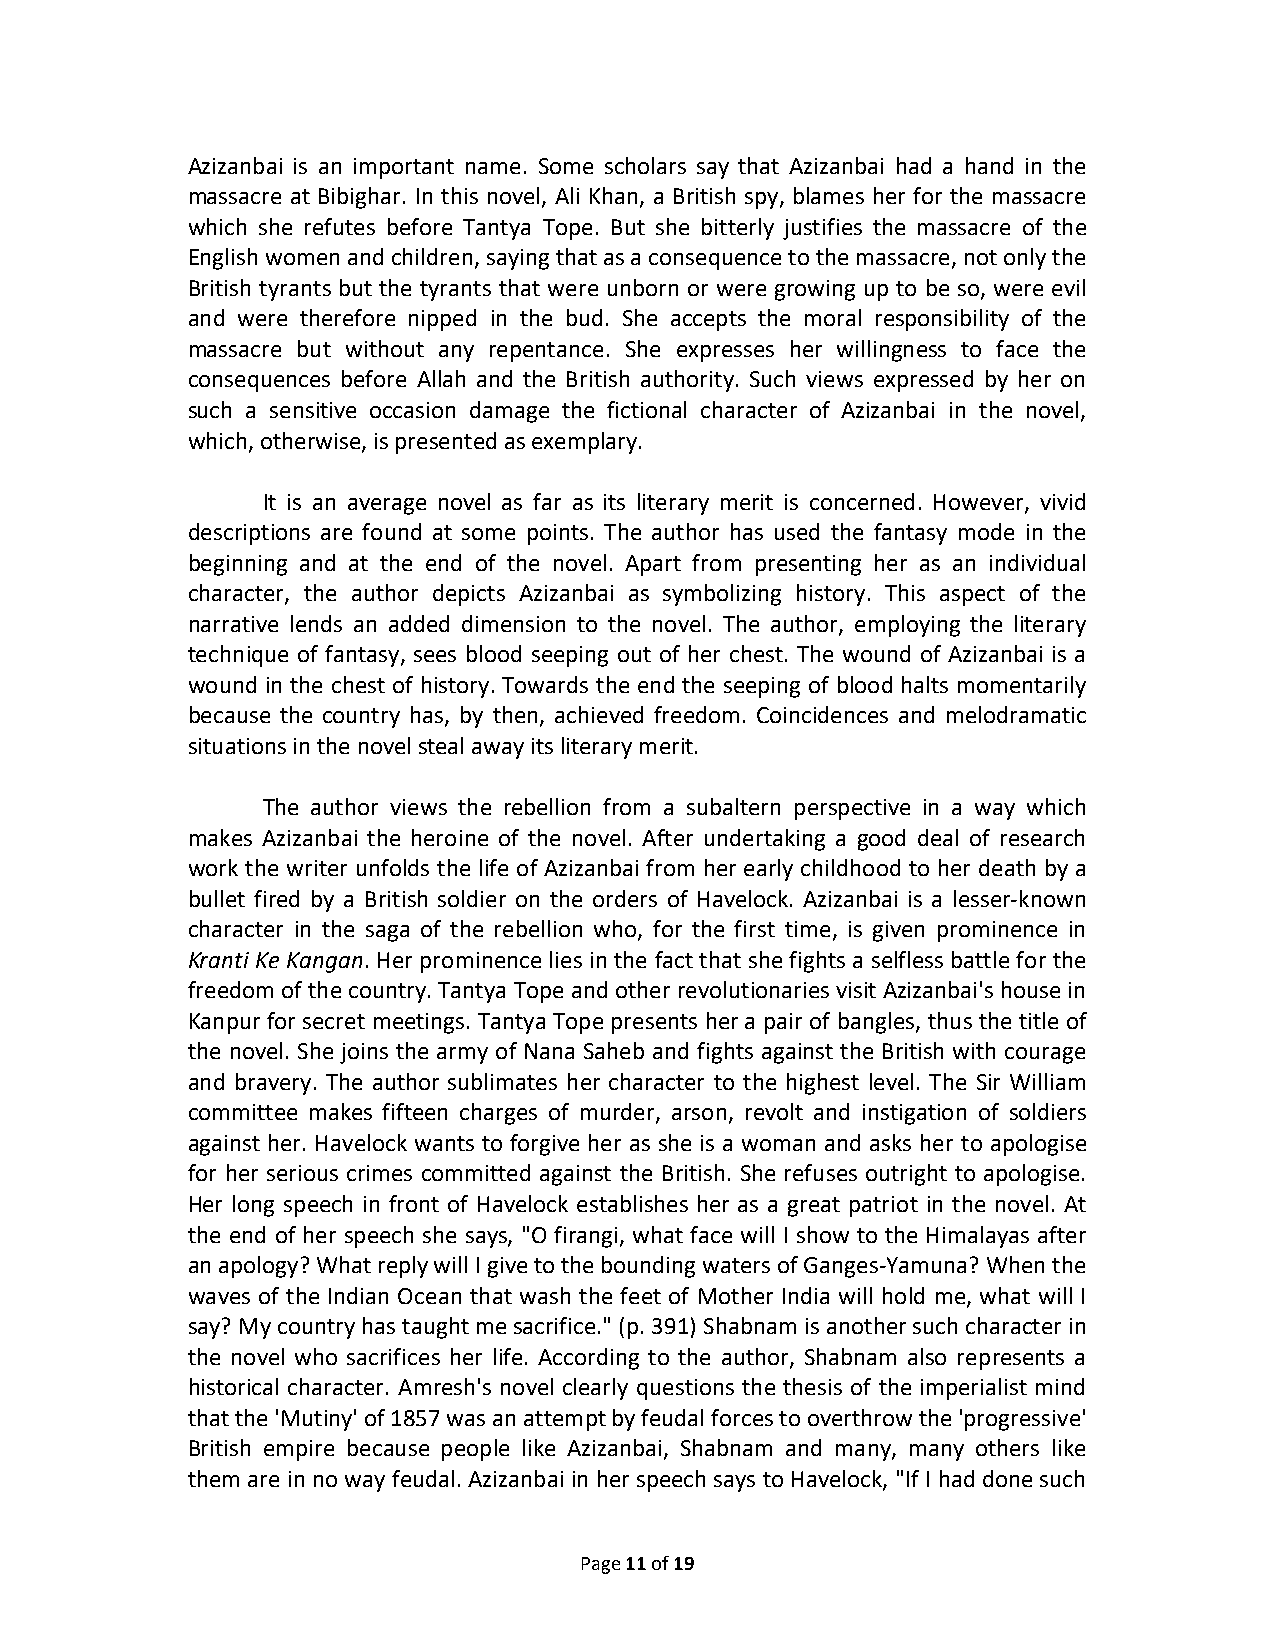
Azizanbai is an important name. Some scholars say that Azizanbai had a hand in the
 massacre at Bibighar. In this novel, Ali Khan, a British spy, blames her for the massacre
 which she refutes before Tantya Tope. But she bitterly justifies the massacre of the
 English women and children, saying that as a consequence to the massacre, not only the
 British tyrants but the tyrants that were unborn or were growing up to be so, were evil
 and were therefore nipped in the bud. She accepts the moral responsibility of the
 massacre but without any repentance. She expresses her willingness to face the
 consequences before Allah and the British authority. Such views expressed by her on
 such a sensitive occasion damage the fictional character of Azizanbai in the novel,
 which, otherwise, is presented as exemplary.
 It is an average novel as far as its literary merit is concerned. However, vivid
 descriptions are found at some points. The author has used the fantasy mode in the
 beginning and at the end of the novel. Apart from presenting her as an individual
 character, the author depicts Azizanbai as symbolizing history. This aspect of the
 narrative lends an added dimension to the novel. The author, employing the literary
 technique of fantasy, sees blood seeping out of her chest. The wound of Azizanbai is a
 wound in the chest of history. Towards the end the seeping of blood halts momentarily
 because the country has, by then, achieved freedom. Coincidences and melodramatic
 situations in the novel steal away its literary merit.
 The author views the rebellion from a subaltern perspective in a way which
 makes Azizanbai the heroine of the novel. After undertaking a good deal of research
 work the writer unfolds the life of Azizanbai from her early childhood to her death by a
 bullet fired by a British soldier on the orders of Havelock. Azizanbai is a lesser-known
 character in the saga of the rebellion who, for the first time, is given prominence in
 Kranti Ke Kangan. Her prominence lies in the fact that she fights a selfless battle for the
 freedom of the country. Tantya Tope and other revolutionaries visit Azizanbai's house in
 Kanpur for secret meetings. Tantya Tope presents her a pair of bangles, thus the title of
 the novel. She joins the army of Nana Saheb and fights against the British with courage
 and bravery. The author sublimates her character to the highest level. The Sir William
 committee makes fifteen charges of murder, arson, revolt and instigation of soldiers
 against her. Havelock wants to forgive her as she is a woman and asks her to apologise
 for her serious crimes committed against the British. She refuses outright to apologise.
 Her long speech in front of Havelock establishes her as a great patriot in the novel. At
 the end of her speech she says, "O firangi, what face will I show to the Himalayas after
 an apology? What reply will I give to the bounding waters of Ganges-Yamuna? When the
 waves of the Indian Ocean that wash the feet of Mother India will hold me, what will I
 say? My country has taught me sacrifice." (p. 391) Shabnam is another such character in
 the novel who sacrifices her life. According to the author, Shabnam also represents a
 historical character. Amresh's novel clearly questions the thesis of the imperialist mind
 that the 'Mutiny' of 1857 was an attempt by feudal forces to overthrow the 'progressive'
 British empire because people like Azizanbai, Shabnam and many, many others like
 them are in no way feudal. Azizanbai in her speech says to Havelock, "If I had done such
 Page 11 of 19